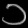
Digit: ၁